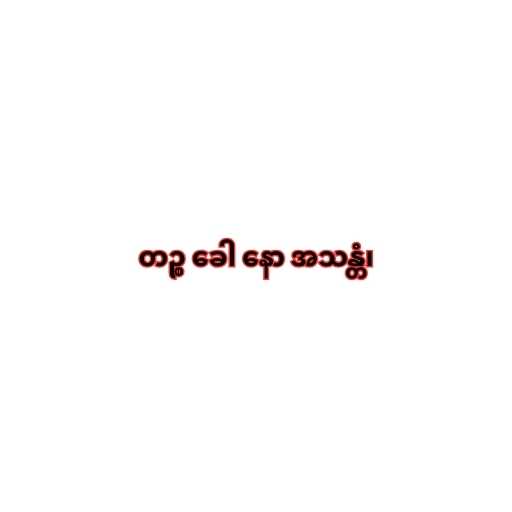
တဉ္စ ခေါ နော အသန္တံ၊